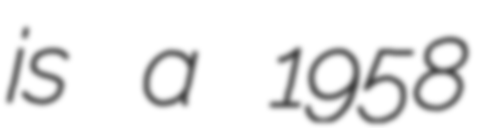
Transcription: is a 1958